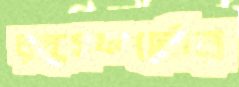
রক্তসম্পর্কের